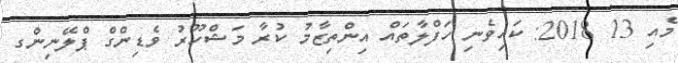
މެއި 13 2018: ކައިވެނި ހަފްލާތައް އިންތިޒާމު ކުރާ މަޝްހޫރު ވެޑިންގް ޕްލޭނިންގ